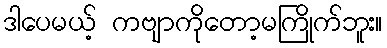
ဒါပေမယ့် ကဗျာကိုတော့မကြိုက်ဘူး။